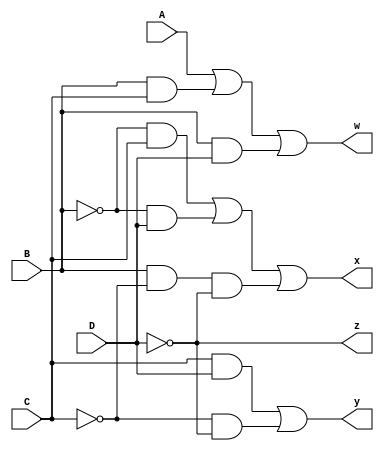
`timescale 1ns / 1ps

module exceed3(
    input A, B, C, D,
    output w, x, y, z
    );
    
    //  w = A + BC + BD
    assign w = A | (B & C) | (B & D);
    
    // x = B'C + B'D + BC'D'
    assign x = (~B & C) | (~B & D) | (B & ~C & ~D);
    
    // y = CD + C'D'
    assign y = (C & D) | (~C & ~D);
    
    // z = D'
    and u0(z, ~D, 1);
endmodule